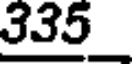
335